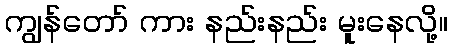
ကျွန်တော် ကား နည်းနည်း မူးနေလို့။